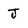
Character: J